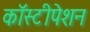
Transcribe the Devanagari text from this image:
कॉस्टीपेशन